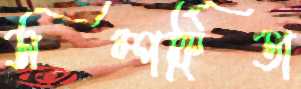
সম্পর্কিতা